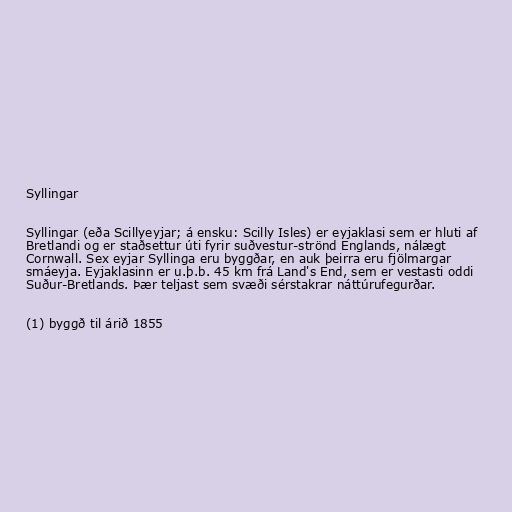
Syllingar

Syllingar (eða Scillyeyjar; á ensku: Scilly Isles) er eyjaklasi sem er hluti af
Bretlandi og er staðsettur úti fyrir suðvestur-strönd Englands, nálægt
Cornwall. Sex eyjar Syllinga eru byggðar, en auk þeirra eru fjölmargar
smáeyja. Eyjaklasinn er u.þ.b. 45 km frá Land's End, sem er vestasti oddi
Suður-Bretlands. Þær teljast sem svæði sérstakrar náttúrufegurðar.

(1) byggð til árið 1855